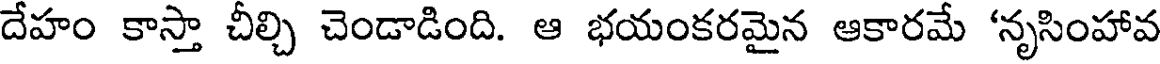
దేహం కాస్తా చీల్చి చెండాడింది. ఆ భయంకరమైన ఆకారమే 'నృసింహావ